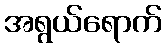
အရွယ်ရောက်